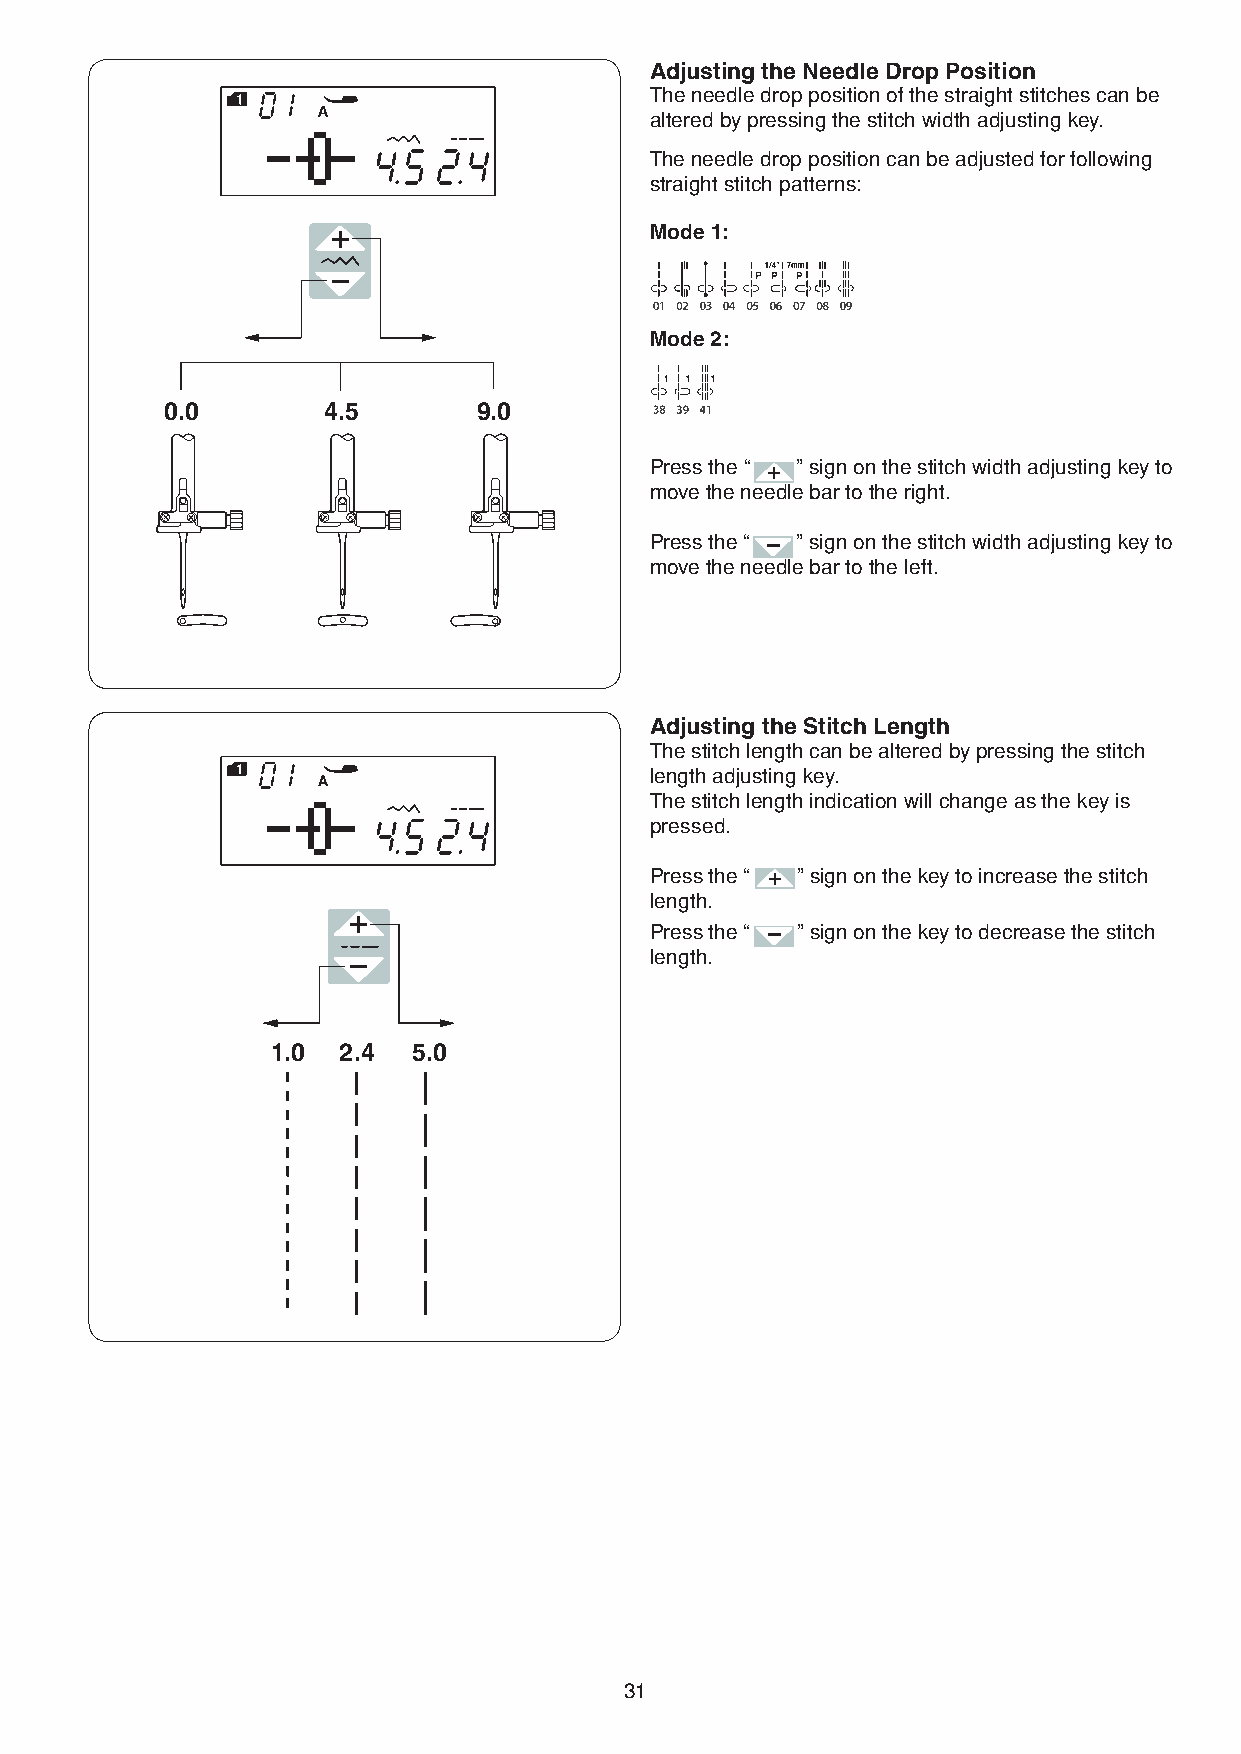
Adjusting the Needle Drop Position
 The needle drop position of the straight stitches can be
 altered by pressing the stitch width adjusting key.
 The needle drop position can be adjusted for following
 straight stitch patterns:
 Mode 1:
 Mode 2:
 0.0       4.5        9.0
 Press the “ ” sign on the stitch width adjusting key to
 move the needle bar to the right.
 Press the “ ” sign on the stitch width adjusting key to
 move the needle bar to the left.
 Adjusting the Stitch Length
 The stitch length can be altered by pressing the stitch
 length adjusting key.
 The stitch length indication will change as the key is
 pressed.
 Press the “ ” sign on the key to increase the stitch
 length.
 Press the “ ” sign on the key to decrease the stitch
 length.
 1.0 2.4  5.0
 31